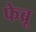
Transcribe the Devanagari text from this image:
फेब्रू